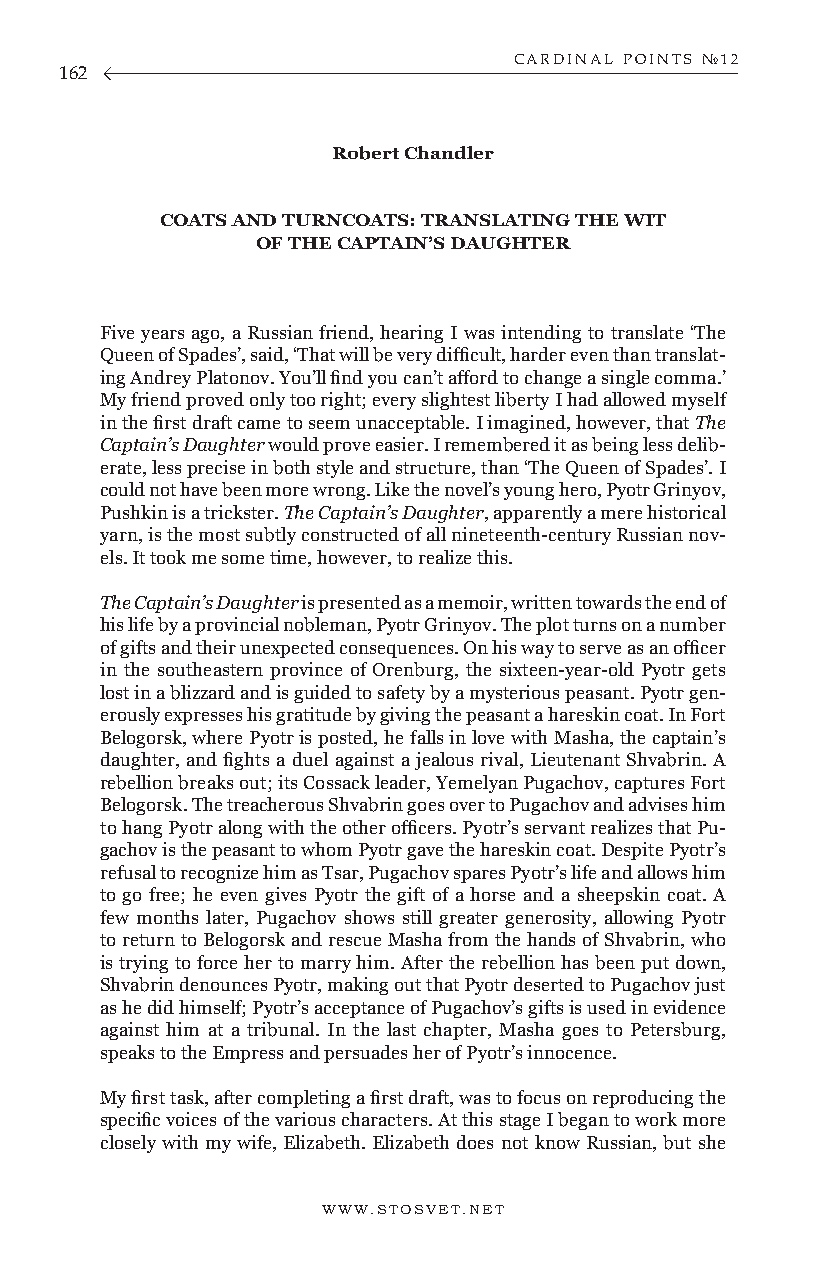
CARDINAL POINTS №12
 162
 Robert Chandler
 COATS AND TURNCOATS: TRANSLATING THE WIT
 OF THE CAPTAIN’S DAUGHTER
 Five years ago, a Russian friend, hearing I was intending to translate ‘The
 Queen of Spades’, said, ‘That will be very difficult, harder even than translat-
 ing Andrey Platonov. You’ll find you can’t afford to change a single comma.’
 My friend proved only too right; every slightest liberty I had allowed myself
 in the first draft came to seem unacceptable. I imagined, however, that The
 Captain’s Daughter would prove easier. I remembered it as being less delib-
 erate, less precise in both style and structure, than ‘The Queen of Spades’. I
 could not have been more wrong. Like the novel’s young hero, Pyotr Grinyov,
 Pushkin is a trickster. The Captain’s Daughter, apparently a mere historical
 yarn, is the most subtly constructed of all nineteenth-century Russian nov-
 els. It took me some time, however, to realize this.
 The Captain’s Daughter is presented as a memoir, written towards the end of
 his life by a provincial nobleman, Pyotr Grinyov. The plot turns on a number
 of gifts and their unexpected consequences. On his way to serve as an officer
 in the southeastern province of Orenburg, the sixteen-year-old Pyotr gets
 lost in a blizzard and is guided to safety by a mysterious peasant. Pyotr gen-
 erously expresses his gratitude by giving the peasant a hareskin coat. In Fort
 Belogorsk, where Pyotr is posted, he falls in love with Masha, the captain’s
 daughter, and fights a duel against a jealous rival, Lieutenant Shvabrin. A
 rebellion breaks out; its Cossack leader, Yemelyan Pugachov, captures Fort
 Belogorsk. The treacherous Shvabrin goes over to Pugachov and advises him
 to hang Pyotr along with the other officers. Pyotr’s servant realizes that Pu-
 gachov is the peasant to whom Pyotr gave the hareskin coat. Despite Pyotr’s
 refusal to recognize him as Tsar, Pugachov spares Pyotr’s life and allows him
 to go free; he even gives Pyotr the gift of a horse and a sheepskin coat. A
 few months later, Pugachov shows still greater generosity, allowing Pyotr
 to return to Belogorsk and rescue Masha from the hands of Shvabrin, who
 is trying to force her to marry him. After the rebellion has been put down,
 Shvabrin denounces Pyotr, making out that Pyotr deserted to Pugachov just
 as he did himself; Pyotr’s acceptance of Pugachov’s gifts is used in evidence
 against him at a tribunal. In the last chapter, Masha goes to Petersburg,
 speaks to the Empress and persuades her of Pyotr’s innocence.
 My first task, after completing a first draft, was to focus on reproducing the
 specific voices of the various characters. At this stage I began to work more
 closely with my wife, Elizabeth. Elizabeth does not know Russian, but she
 WWW.STOSVET.NET                                        WWW.STOSVET.NET